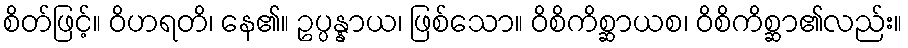
စိတ်ဖြင့်။ ဝိဟရတိ၊ နေ၏။ ဥပ္ပန္နာယ၊ ဖြစ်သော။ ဝိစိကိစ္ဆာယစ၊ ဝိစိကိစ္ဆာ၏လည်း။